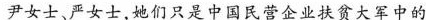
尹女士、严女士，她们只是中国民营企业扶贫大军中的